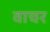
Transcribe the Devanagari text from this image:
वाचर